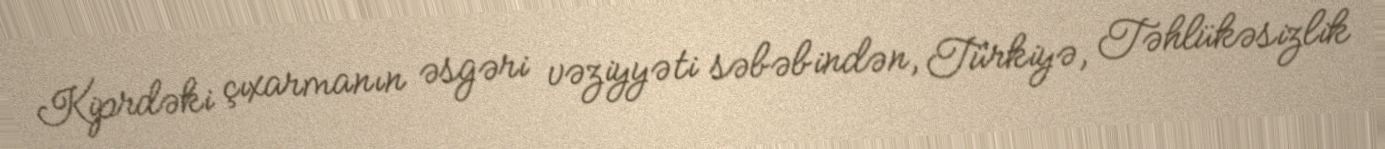
Kiprdəki çıxarmanın əsgəri vəziyyəti səbəbindən, Türkiyə, Təhlükəsizlik